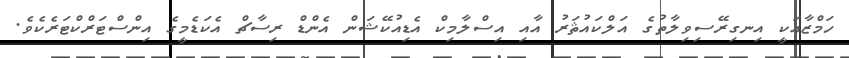
ހަމްޒާއަކީ އިނގިރޭސިވިލާތުގެ އަލްކައުޘަރު އާއި އިސްލާމިކް އެޑިއުކޭޝަން އެންޑް ރިސާޗް އެކަޑެމީގެ އިންސްޓަރްކްޓަރެކެވެ.